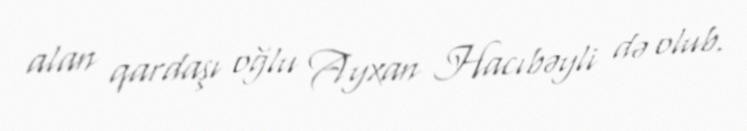
alan qardaşı oğlu Ayxan Hacıbəyli də olub.